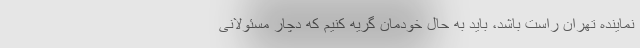
نماینده تهران راست باشد، باید به حال خودمان گریه کنیم که دچار مسئولانی